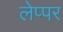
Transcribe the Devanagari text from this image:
लेप्पर